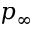
p _ { \infty }